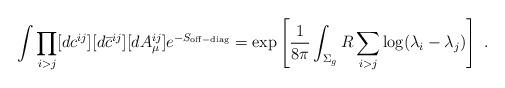
LaTeX: \begin{align*}\int \prod_{i>j} [dc^{ij}][d\bar{c}^{ij}][dA_{\mu}^{ij}] e^{-S_{\rm off-diag}}= \exp \left[{1 \over 8 \pi} \int_{\Sigma_g} R \sum_{i>j} \log (\lambda_i -\lambda_j) \right]~.\end{align*}